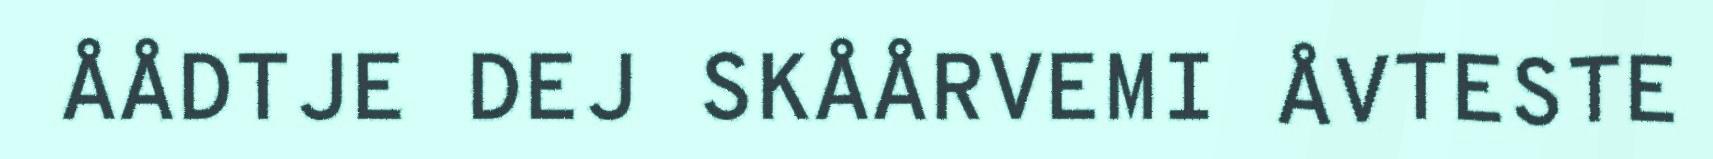
ÅÅDTJE DEJ SKÅÅRVEMI ÅVTESTE